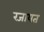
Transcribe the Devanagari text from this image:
रजायत